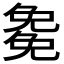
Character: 𭀰